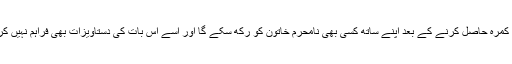
نئے قانون کے تحت اب کوئی غیر ملکی مرد سیاح کمرہ حاصل کرنے کے بعد اپنے ساتھ کسی بھی نامحرم خاتون کو رکھ سکے گا اور اسے اس بات کی دستاویزات بھی فراہم نہیں کرنا پڑیں گی کہ خاتون کا ان کے ساتھ کیا تعلق ہے۔